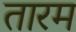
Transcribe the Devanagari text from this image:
तारम